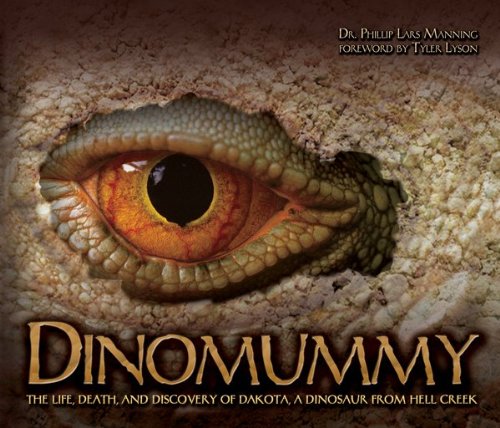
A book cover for Dinomummy; Phillip Manning; Children's Books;